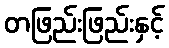
တဖြည်းဖြည်းနှင့်